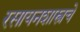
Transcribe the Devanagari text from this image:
रसायनशास्त्रचे